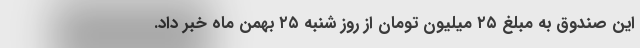
این صندوق به مبلغ ۲۵ میلیون تومان از روز شنبه ۲۵ بهمن ماه خبر داد.